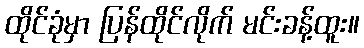
ထိုင်ခုံမှာ ပြန်ထိုင်လိုက် မင်းခန့်ထူး။